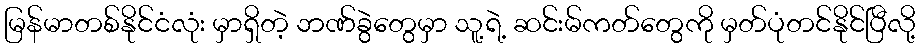
မြန်မာတစ်နိုင်ငံလုံး မှာရှိတဲ့ ဘဏ်ခွဲတွေမှာ သူ့ရဲ့ ဆင်းမ်ကတ်တွေကို မှတ်ပုံတင်နိုင်ပြီလို့